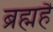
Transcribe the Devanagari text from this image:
ब्रह्महै